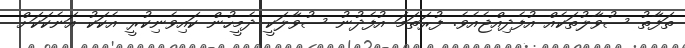
ތަފާތު ސުވާލުތަކެއް އުފެދިއްޖެއެވެ. ފުރަތަމަ އުފެދުނު ސުވާލަކީ ދެމީހުން ކައިވެނިކުރީ އެކަކު އަނެކަކަށް